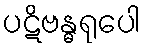
ပဋိဗန္ဓရုပေါ